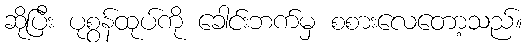
ဆိုပြီး ပုစွန်ထုပ်ကို ခေါင်းဘက်မှ စစားလေတော့သည်။